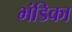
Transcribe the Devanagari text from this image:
भंडिका